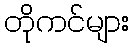
တိုကင်များ